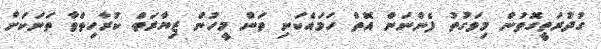
ގުދުރަތީގޮތުން މިވަގުތު ފެންނަން އޮތް ހަމައެކަނި ތަން މީހުން ޒިޔާރަތް ކުރާހިތްވާ ތަނަކަށް